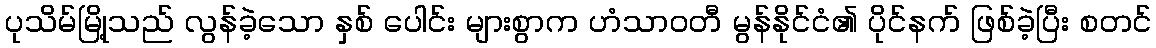
ပုသိမ်မြို့သည် လွန်ခဲ့သော နှစ် ပေါင်း များစွာက ဟံသာဝတီ မွန်နိုင်ငံ၏ ပိုင်နက် ဖြစ်ခဲ့ပြီး စတင်